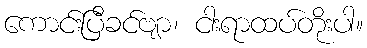
ကောင်းပြီခင်ဗျာ၊ ငါးရာထပ်တိုးပါ။